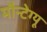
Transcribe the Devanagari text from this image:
मौन्टेग्यू